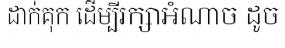
ដាក់គុក ដើម្បីរក្សាអំណាច ដូច